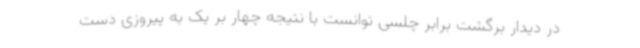
در دیدار برگشت برابر چلسی توانست با نتیجه چهار بر یک به پیروزی دست